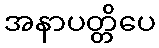
အနာပတ္တိပေ